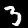
Digit: 3